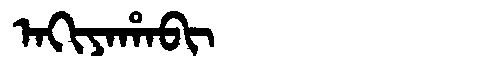
Manchu: ᠠᡴᡳᠶᠠᡥᠠᠪᡳ
Romanization: AKIYAHABI